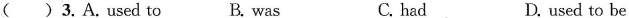
() 3.A.Used to B. was C. had D. used to be